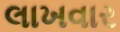
લાખવાર